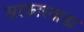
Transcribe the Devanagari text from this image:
सरकारवाडा